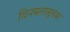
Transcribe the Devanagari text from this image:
विनम्रतासूचक